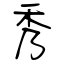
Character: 秀